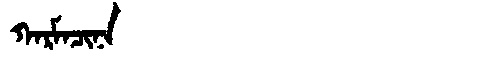
Manchu: ᡴᠠᡵᠮᠠᠴᡳᠨᠠ
Romanization: KARMACINA